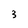
Character: 3